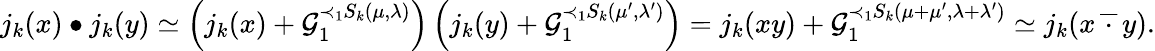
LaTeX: j_{k}(x)\bullet j_{k}(y)\simeq\left(j_{k}(x)+\mathcal{G}_{1}^{\prec_{1}S_{k}(\mu,\lambda)}\right)\left(j_{k}(y)+\mathcal{G}_{1}^{\prec_{1}S_{k}(\mu^{\prime},\lambda^{\prime})}\right)=j_{k}(xy)+\mathcal{G}_{1}^{\prec_{1}S_{k}(\mu+\mu^{\prime},\lambda+\lambda^{\prime})}\simeq j_{k}(x\, \overline{{\, \cdot\, }}\, y).